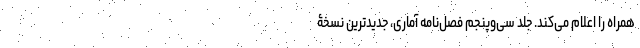
همراه را اعلام می‌کند. جلد سی‌و‌پنجم فصل‌نامهٔ آماری، جدیدترین نسخۀ